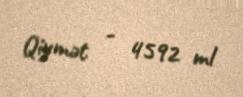
Qiymət - 4592 ml